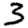
Digit: 3